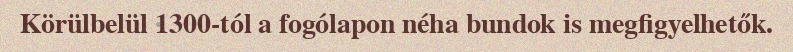
Körülbelül 1300-tól a fogólapon néha bundok is megfigyelhetők.